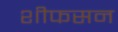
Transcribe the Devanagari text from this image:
शीफसन